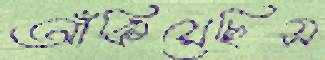
আঁকিয়েছিস